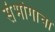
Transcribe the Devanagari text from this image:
संभोगाचा